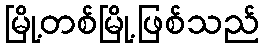
မြို့တစ်မြို့ဖြစ်သည်